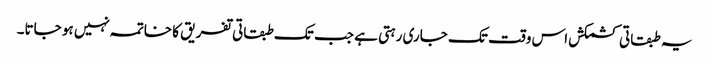
یہ طبقاتی کشمکش اس وقت تک جاری رہتی ہے جب تک طبقاتی تفریق کا خاتمہ نہیں ہو جاتا۔